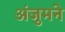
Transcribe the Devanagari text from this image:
अंजुमने